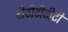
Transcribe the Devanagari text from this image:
टीटीटीटीटी